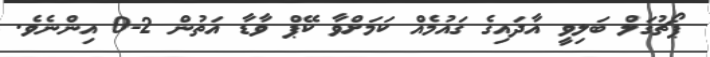
ޕޯޗުގަލް ބަލިވީ އާދައިގެ ގައުމެއް ކަމަށްވާ ކޭޕް ވާޑާ އަތުން 2-0 އިންނެވެ.